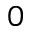
0